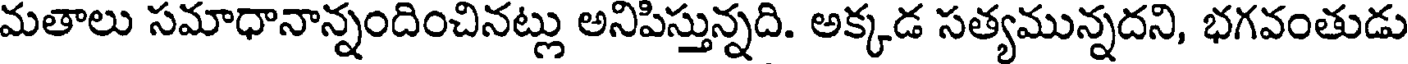
మతాలు సమాధానాన్నందించినట్లు అనిపిస్తున్నది. అక్కడ సత్యమున్నదని, భగవంతుడు